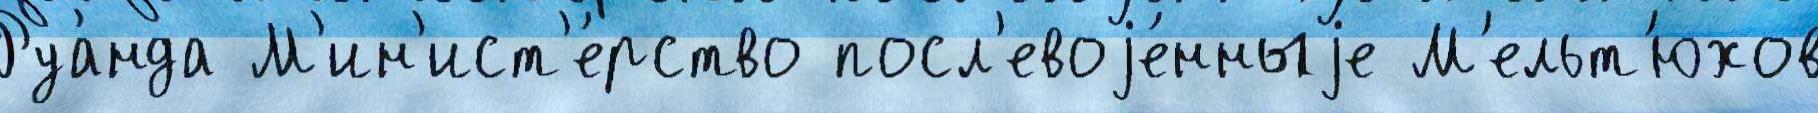
Руа́нда М'ин'ист'е́рство посл'евоjе́нныjе М'ельт'юхов